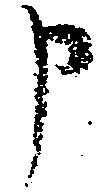
申